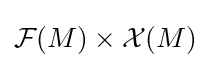
{\mathcal {F}}(M)\times {\mathcal {X}}(M)